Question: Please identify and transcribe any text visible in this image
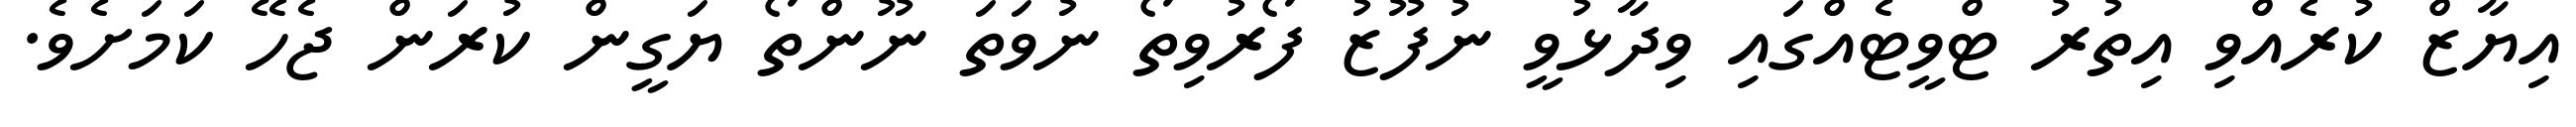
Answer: އިޔާޒް ކުރެއްވި އިތުރު ޓްވީޓެއްގައި ވިދާޅުވީ ނުފޫޒު ފޯރުވިތޯ ނުވަތަ ނޫންތޯ ޔަގީން ކުރަން ޖެހޭ ކަމަށެވެ.